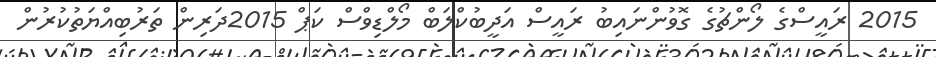
2015 ރައީސްގެ ލޯންޗުގެ ގޮވުންނައިބު ރައީސް އަދީބުކްލަބް މޯލްޑިވްސް ކަޕް 2015ދަރިން ތަރުބިއްޔަތުކުރުން